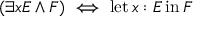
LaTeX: ( \exists x E \land F ) \iff \operatorname { l e t } x : E \operatorname { i n } F